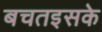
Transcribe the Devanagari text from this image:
बचतइसके